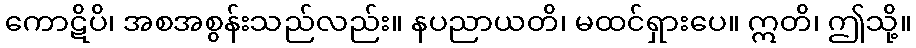
ကောဋိပိ၊ အစအစွန်းသည်လည်း။ နပညာယတိ၊ မထင်ရှားပေ။ ဣတိ၊ ဤသို့။